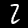
Digit: 2